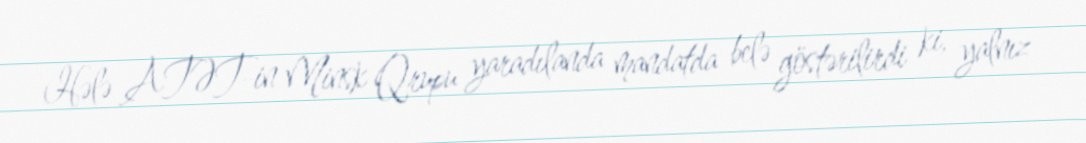
Hələ ATƏT-in Minsk Qrupu yaradılanda mandatda belə göstərilirdi ki, yalnız